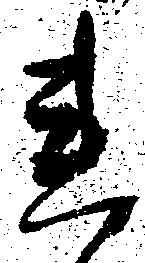
連